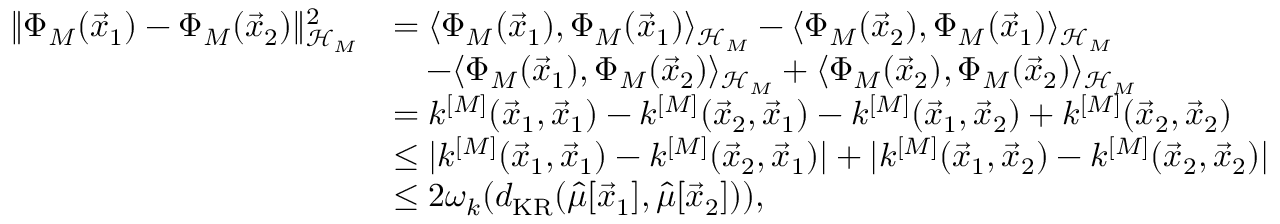
\begin{array} { r l } { \| \Phi _ { M } ( \vec { x } _ { 1 } ) - \Phi _ { M } ( \vec { x } _ { 2 } ) \| _ { \mathcal { H } _ { M } } ^ { 2 } } & { = \langle \Phi _ { M } ( \vec { x } _ { 1 } ) , \Phi _ { M } ( \vec { x } _ { 1 } ) \rangle _ { \mathcal { H } _ { M } } - \langle \Phi _ { M } ( \vec { x } _ { 2 } ) , \Phi _ { M } ( \vec { x } _ { 1 } ) \rangle _ { \mathcal { H } _ { M } } } \\ & { \quad - \langle \Phi _ { M } ( \vec { x } _ { 1 } ) , \Phi _ { M } ( \vec { x } _ { 2 } ) \rangle _ { \mathcal { H } _ { M } } + \langle \Phi _ { M } ( \vec { x } _ { 2 } ) , \Phi _ { M } ( \vec { x } _ { 2 } ) \rangle _ { \mathcal { H } _ { M } } } \\ & { = k ^ { [ M ] } ( \vec { x } _ { 1 } , \vec { x } _ { 1 } ) - k ^ { [ M ] } ( \vec { x } _ { 2 } , \vec { x } _ { 1 } ) - k ^ { [ M ] } ( \vec { x } _ { 1 } , \vec { x } _ { 2 } ) + k ^ { [ M ] } ( \vec { x } _ { 2 } , \vec { x } _ { 2 } ) } \\ & { \leq | k ^ { [ M ] } ( \vec { x } _ { 1 } , \vec { x } _ { 1 } ) - k ^ { [ M ] } ( \vec { x } _ { 2 } , \vec { x } _ { 1 } ) | + | k ^ { [ M ] } ( \vec { x } _ { 1 } , \vec { x } _ { 2 } ) - k ^ { [ M ] } ( \vec { x } _ { 2 } , \vec { x } _ { 2 } ) | } \\ & { \leq 2 \omega _ { k } ( d _ { \mathrm { K R } } ( \hat { \mu } [ \vec { x } _ { 1 } ] , \hat { \mu } [ \vec { x } _ { 2 } ] ) ) , } \end{array}